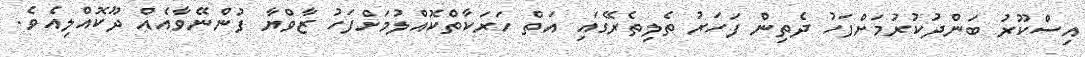
އިސްކޫރު ބަންދުކުރުމަށްފަހު ދެތިން ފަހަރު ތެލިތެރޭގައި އަތް ހަރަކާތްކޮއްލުމަށްފަހު ޒާވްޔާ ފުންނޭވާއެއް ދޫކޮއްލިއެވެ.